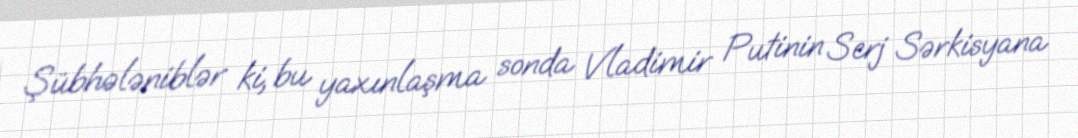
Şübhələniblər ki, bu yaxınlaşma sonda Vladimir Putinin Serj Sərkisyana